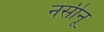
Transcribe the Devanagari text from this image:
नसीनू